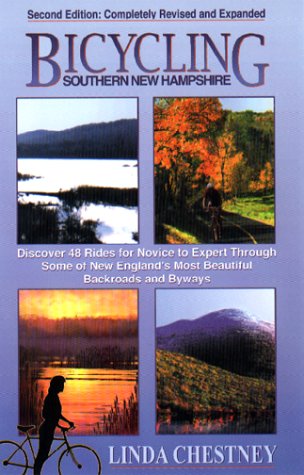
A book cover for Bicycling Southern New Hampshire; Linda Chestney; Travel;